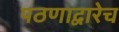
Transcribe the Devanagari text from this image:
पठणाद्वारेच